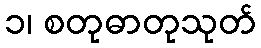
၁၊ စတုဓာတုသုတ်